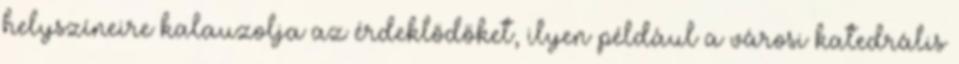
helyszíneire kalauzolja az érdeklődőket, ilyen például a városi katedrális